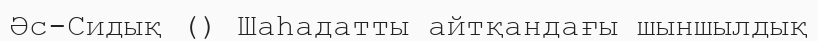
Әс-Сидық () Шаһадатты айтқандағы шыншылдық